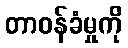
တာဝန်ခံမှုကို